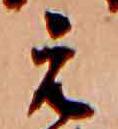
え